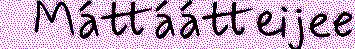
Máttáátteijee